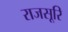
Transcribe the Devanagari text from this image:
राजसूरि